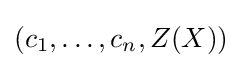
(c_{1},\dots ,c_{n},Z(X))